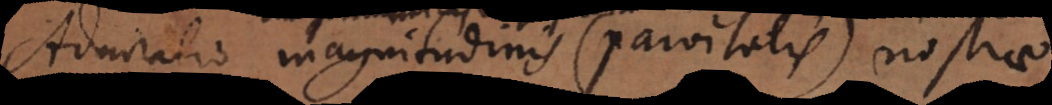
Admiratio magnitudinis (parvitatis) nostrae,